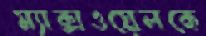
ম্যাক্সওয়েলকে